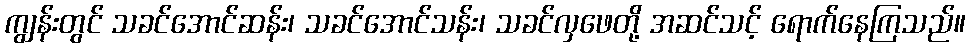
ကျွန်းတွင် သခင်အောင်ဆန်း၊ သခင်အောင်သန်း၊ သခင်လှဖေတို့ အဆင်သင့် ရောက်နေကြသည်။